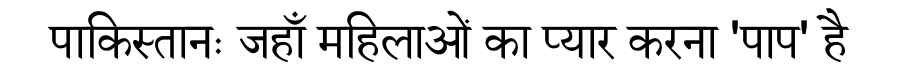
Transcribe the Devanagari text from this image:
पाकिस्तानः जहाँ महिलाओं का प्यार करना 'पाप' है